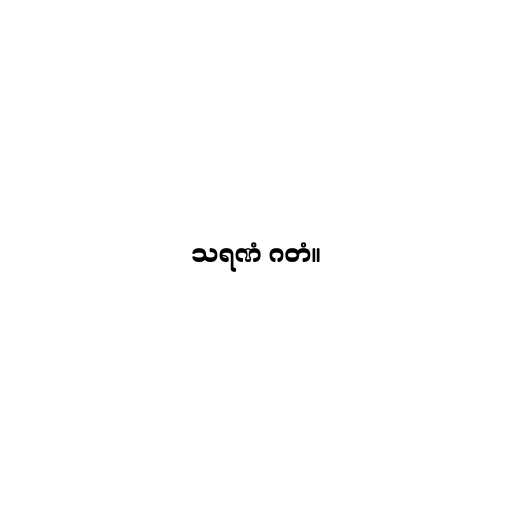
သရဏံ ဂတံ။